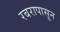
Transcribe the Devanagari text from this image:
रबरापासून